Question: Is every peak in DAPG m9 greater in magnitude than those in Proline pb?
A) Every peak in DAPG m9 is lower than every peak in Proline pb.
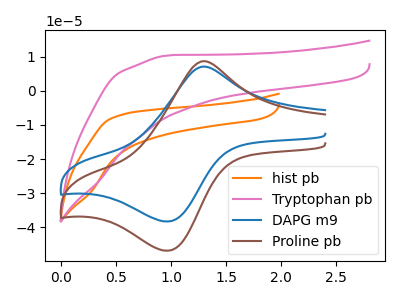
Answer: <think>The orange curve "hist pb" has no peaks. The pink curve "Tryptophan pb" has no peaks. The blue curve "DAPG m9" has an anodic peak at (1.30V, 7.05uA) and a cathodic peak at (1.00V, -38.30uA). The brown curve "Proline pb" has an anodic peak at (1.30V, 8.65uA) and a cathodic peak at (1.00V, -46.85uA).</think>
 <answer>A) Every peak in "DAPG m9" is lower than every peak in "Proline pb".</answer>
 <eval>A</eval>